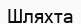
Шляхта